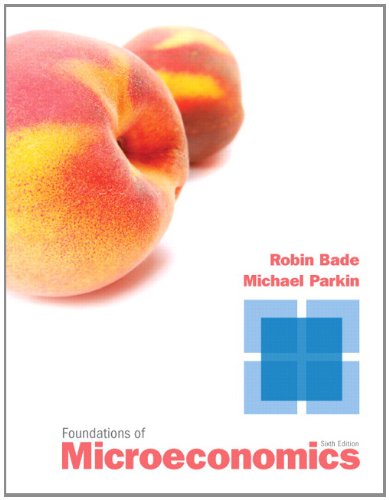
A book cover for Foundations of Microeconomics (6th Edition); Robin Bade; Business & Money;